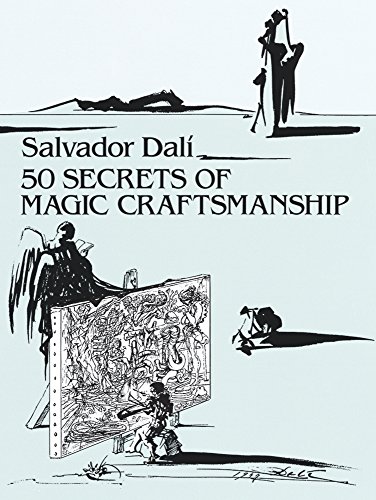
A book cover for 50 Secrets of Magic Craftsmanship (Dover Fine Art, History of Art); Salvador Dali; Arts & Photography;